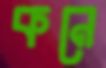
কনে